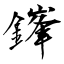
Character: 鎽